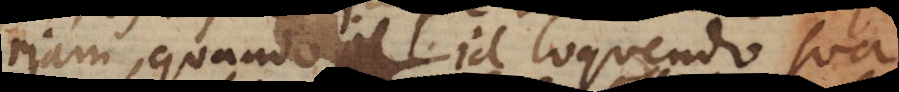
riam, quando id loquendo sua